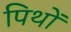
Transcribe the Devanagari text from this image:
पिथों